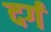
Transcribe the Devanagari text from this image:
दर्ग